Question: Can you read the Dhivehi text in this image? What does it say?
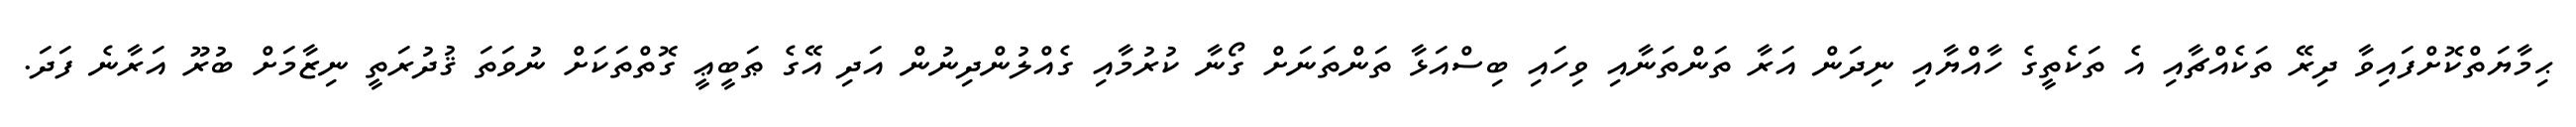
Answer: ޙިމާޔަތްކޮށްފައިވާ ދިރޭ ތަކެއްޗާއި އެ ތަކެތީގެ ހާއްޔާއި ނިދަން އަރާ ތަންތަނާއި ވިހައި ބިސްއަޅާ ތަންތަނަށް ގޯނާ ކުރުމާއި ގެއްލުންދިނުން އަދި އޭގެ ޠަބީޢީ ގޮތްތަކަށް ނުވަތަ ޤުދުރަތީ ނިޒާމަށް ބުރޫ އަރާނެ ފަދަ.